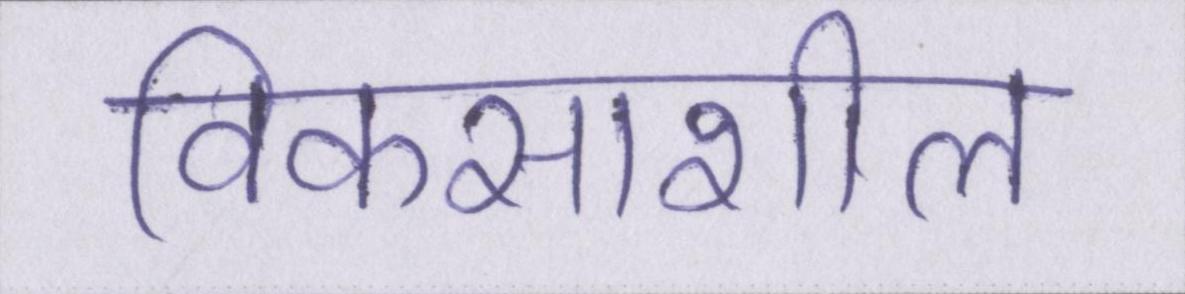
विकसाशील